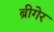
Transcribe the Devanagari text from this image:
ब्रीगेर